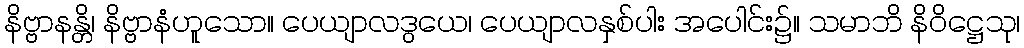
နိဗ္ဗာနန္တိ၊ နိဗ္ဗာနံဟူသော။ ပေယျာလဒွယေ၊ ပေယျာလနှစ်ပါး အပေါင်း၌။ သမာဘိ နိဝိဋ္ဌေသု၊